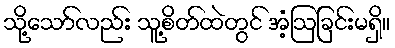
သို့သော်လည်း သူ့စိတ်ထဲတွင် အံ့ဩခြင်းမရှိ။